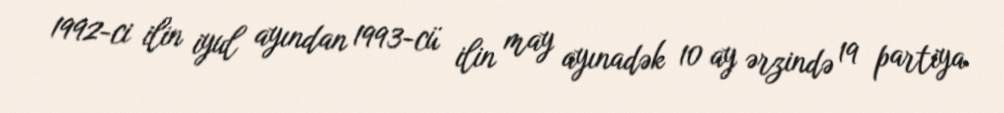
1992-ci ilin iyul ayından 1993-cü ilin may ayınadək 10 ay ərzində 19 partiya